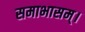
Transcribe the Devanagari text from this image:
समाभासम्।